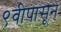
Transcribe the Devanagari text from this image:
९वीपासून